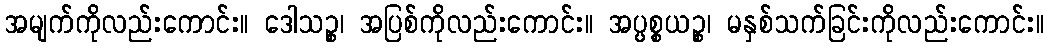
အမျက်ကိုလည်းကောင်း။ ဒေါသဉ္စ၊ အပြစ်ကိုလည်းကောင်း။ အပ္ပစ္စယဉ္စ၊ မနှစ်သက်ခြင်းကိုလည်းကောင်း။